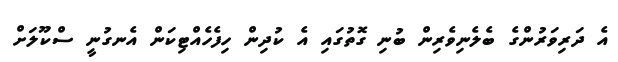
އެ ދަރިވަރުންގެ ބެލެނިވެރިން ބުނި ގޮތުގައި އެ ކުދިން ހިފެހެއްޓިކަން އެނގުނީ ސްކޫލަށް